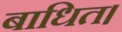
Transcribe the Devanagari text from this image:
बाधित।